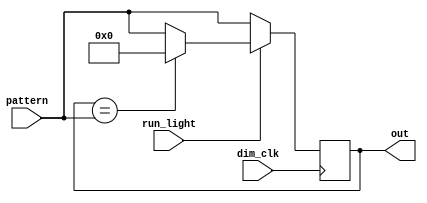
module dimmer ( input [5:0] pattern ,
   input dim_clk ,
   input run_light ,
   output reg [5:0] out ) ;
 
// pattern = 5:3 right, 2:0 left C-B-A A-B-C
   always@(posedge dim_clk) begin
       if (run_light) begin
           if (out == pattern) begin
               out = 6'b000000;
           end else begin
               out = pattern;
           end
       end
       else begin
           out = pattern;
       end
   end
endmodule
 
module controller ( input clk ,
                   input dimclk ,
                   input rst ,
                   input left ,
                   input right ,
                   input brake ,
                   input hazard ,
                   input runlight ,
                   output [5:0] lights
                   ) ;
   reg [5:0] pattern;
   reg [1:0] ls;
   reg [1:0] rs;
// instantiate dimmer module
dimmer dim (.pattern (pattern) ,
           .dim_clk (dimclk) ,
           .run_light (runlight) ,
           .out (lights) ) ;
 
// update the pattern based off the input
   always@ ( posedge clk )
       begin
           if (rst) begin
               ls = 2'b00;
               rs = 2'b00;
           end else begin
               //left light
               casex({left, right, brake, hazard})
                   // Off
                   4'b0x00: begin
                       ls = 2'b00;
                   end
                  
                   // Hazard
                   4'bxx01, 4'b110x: begin
                       if (ls == 2'b00) begin
                           ls = 2'b11;
                       end else begin
                           ls = 2'b00;
                       end
                   end
 
                   // Turn Signal
                   4'b101x, 4'b10x0: begin
                       if (ls == 2'b00) begin
                           ls = 2'b01;
                       end
                       else if (ls == 2'b01) begin
                           ls = 2'b10;
                       end
                       else if (ls == 2'b10) begin
                           ls = 2'b11;
                       end
                       else begin
                           ls = 2'b00;
                       end
                   end
 
                   // Brake
                   4'b0x1x, 4'bx11x: begin
                       ls = 2'b11;
                   end
               endcase
 
               //right light
               casex({left, right, brake, hazard})
                   // Off
                   4'bx000: begin
                       rs = 2'b00;
                   end
                  
                   // Hazard
                   4'bxx01, 4'b110x: begin
                       if (rs == 2'b00) begin
                           rs = 2'b11;
                       end else begin
                           rs = 2'b00;
                       end
                   end
 
                   // Turn Signal
                   4'b01x0, 4'b011x: begin
                       if (rs == 2'b00) begin
                           rs = 2'b01;
                       end
                       else if (rs == 2'b01) begin
                           rs = 2'b10;
                       end
                       else if (rs == 2'b10) begin
                           rs = 2'b11;
                       end
                       else if (rs == 2'b11) begin
                           rs = 2'b00;
                       end
                   end
 
                   // Brake
                   4'bx01x, 4'b1x1x: begin
                       rs = 2'b11;
                   end
 
               endcase
           end
 
       //convert to patterns
           case(rs)
               2'b00: pattern[5:3] = 3'b000;
               2'b01: pattern[5:3] = 3'b001;
               2'b10: pattern[5:3] = 3'b011;
               2'b11: pattern[5:3] = 3'b111;
           endcase
 
           case(ls)
               2'b00: pattern[2:0] = 3'b000;
               2'b01: pattern[2:0] = 3'b100;
               2'b10: pattern[2:0] = 3'b110;
               2'b11: pattern[2:0] = 3'b111;  
           endcase
       end
 
endmodule